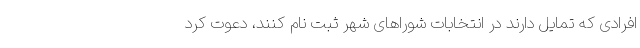
افرادی که تمایل دارند در انتخابات شوراهای شهر ثبت نام کنند، دعوت کرد